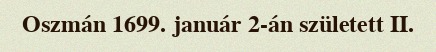
Oszmán 1699. január 2-án született II.